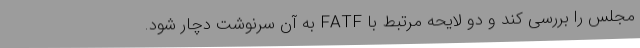
مجلس را بررسی کند و دو لایحه مرتبط با FATF به آن سرنوشت دچار شود.